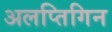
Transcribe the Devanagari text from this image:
अलप्तिगिन